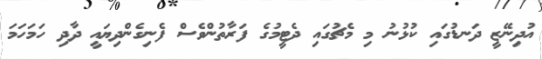
އުދިނޭޒީ ދަނޑުގައި ކުޅުނު މި މެޗުގައި ދެޓީމުގެ ފަރާތުންވެސް ފެނިގެންދިޔައީ ދާދި ހަމަހަމަ